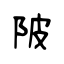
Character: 陂